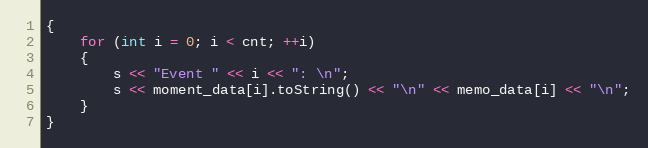
Language: C++
{
    for (int i = 0; i < cnt; ++i)
    {
        s << "Event " << i << ": \n";
        s << moment_data[i].toString() << "\n" << memo_data[i] << "\n";
    }
}